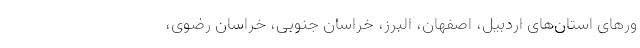
ور‌های استان‌های اردبیل، اصفهان، البرز، خراسان جنوبی، خراسان رضوی،